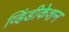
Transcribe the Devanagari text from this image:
व्हिंडीकेशन